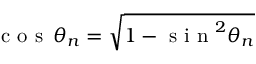
\mathrm { ~ c ~ o ~ s ~ } \, \theta _ { n } = \sqrt { 1 - \mathrm { ~ s ~ i ~ n ~ } ^ { 2 } \theta _ { n } }